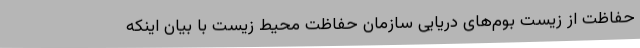
حفاظت از زیست بوم‌های دریایی سازمان حفاظت محیط زیست با بیان اینکه